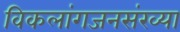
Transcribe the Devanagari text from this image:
विकलांगजनसंख्या